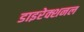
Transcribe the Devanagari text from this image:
डाइरेक्शनल